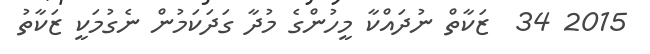
2015 34  ޒަކާތް ނުދައްކާ މީހުންގެ މުދާ ގަދަކަމުން ނެގުމަކީ ޒަކާތު